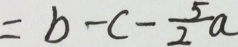
= b - c - \frac { 5 } { 2 } a